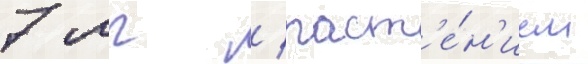
7 мг / раст'е́н'ием